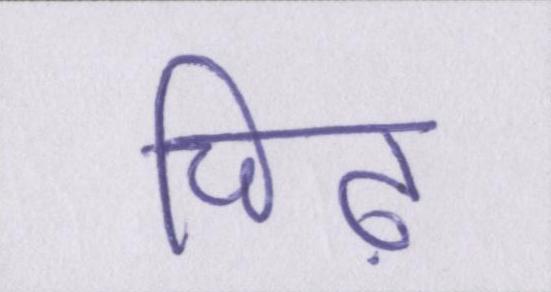
चिढ़